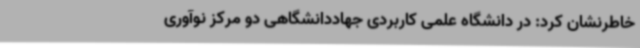
خاطرنشان کرد: در دانشگاه علمی کاربردی جهاددانشگاهی دو مرکز نوآوری